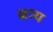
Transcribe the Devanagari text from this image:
क्षत्र्य